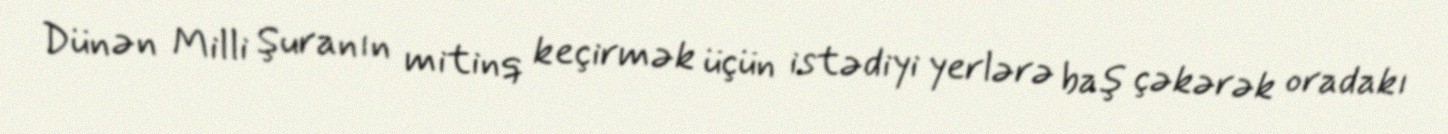
Dünən Milli Şuranın mitinq keçirmək üçün istədiyi yerlərə baş çəkərək oradakı